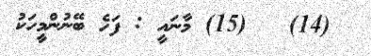
(14)   (15) މާނައީ : ފަހެ ބޭނުންމީހަކު